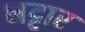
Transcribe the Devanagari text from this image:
भट्टार